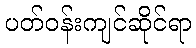
ပတ်ဝန်းကျင်ဆိုင်ရာ